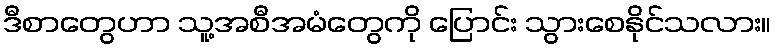
ဒီစာတွေဟာ သူ့အစီအမံတွေကို ပြောင်း သွားစေနိုင်သလား။